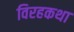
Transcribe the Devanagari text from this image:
विरहकथा